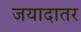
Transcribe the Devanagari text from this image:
जयादातर